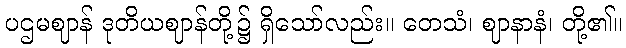
ပဌမဈာန် ဒုတိယဈာန်တို့၌ ရှိသော်လည်း။ တေသံ၊ ဈာနာနံ၊ တို့၏။